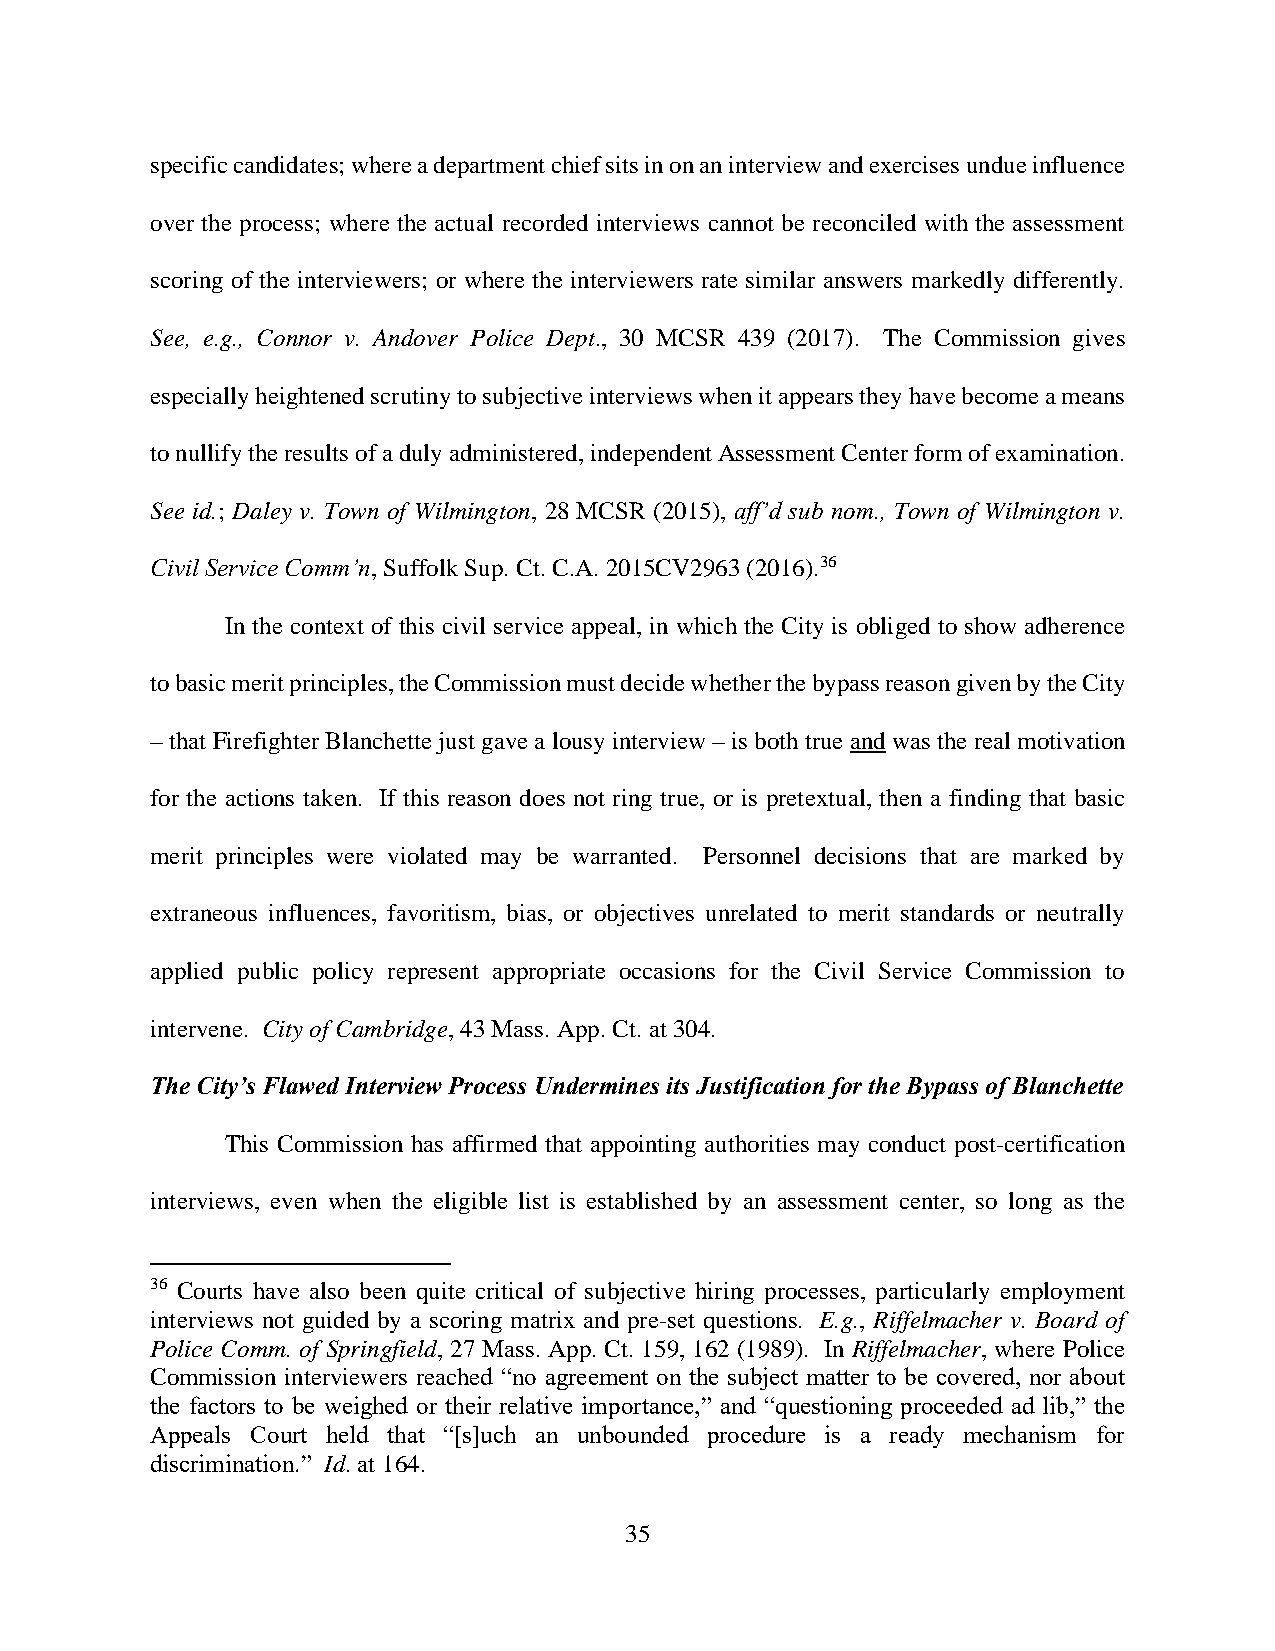
specific candidates; where a department chief sits in on an interview and exercises undue influence
 over the process; where the actual recorded interviews cannot be reconciled with the assessment
 scoring of the interviewers; or where the interviewers rate similar answers markedly differently.
 See, e.g., Connor v. Andover Police Dept., 30 MCSR 439 (2017). The Commission gives
 especially heightened scrutiny to subjective interviews when it appears they have become a means
 to nullify the results of a duly administered, independent Assessment Center form of examination.
 See id.; Daley v. Town of Wilmington, 28 MCSR (2015), aff’d sub nom., Town of Wilmington v.
 Civil Service Comm’n, Suffolk Sup. Ct. C.A. 2015CV2963 (2016).36
 In the context of this civil service appeal, in which the City is obliged to show adherence
 to basic merit principles, the Commission must decide whether the bypass reason given by the City
 – that Firefighter Blanchette just gave a lousy interview – is both true and was the real motivation
 for the actions taken. If this reason does not ring true, or is pretextual, then a finding that basic
 merit principles were violated may be warranted. Personnel decisions that are marked by
 extraneous influences, favoritism, bias, or objectives unrelated to merit standards or neutrally
 applied public policy represent appropriate occasions for the Civil Service Commission to
 intervene. City of Cambridge, 43 Mass. App. Ct. at 304.
 The City’s Flawed Interview Process Undermines its Justification for the Bypass of Blanchette
 This Commission has affirmed that appointing authorities may conduct post-certification
 interviews, even when the eligible list is established by an assessment center, so long as the
 36 Courts have also been quite critical of subjective hiring processes, particularly employment
 interviews not guided by a scoring matrix and pre-set questions. E.g., Riffelmacher v. Board of
 Police Comm. of Springfield, 27 Mass. App. Ct. 159, 162 (1989). In Riffelmacher, where Police
 Commission interviewers reached “no agreement on the subject matter to be covered, nor about
 the factors to be weighed or their relative importance,” and “questioning proceeded ad lib,” the
 Appeals Court held that “[s]uch an unbounded procedure is a ready mechanism for
 discrimination.” Id. at 164.
 35